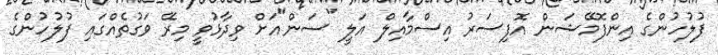
ފުލުހުންގެ އިންފޮމޭޝަން އޮފިސަރު އިސްމާއިލް އަލީ "ސަން"އަށް ވިދާޅުވީ މިރޭ ވަގުތެއްގައި ފުލުހުންގެ